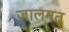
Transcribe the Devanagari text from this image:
जालगत